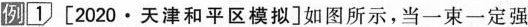
例1 [2020·天津和平区模拟]如图所示，当一束一定强